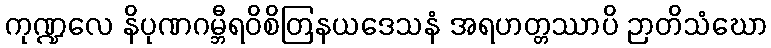
ကုဏ္ဍလေ နိပုဏဂမ္ဘီရဝိစိတြနယဒေသနံ အရဟတ္တဿာပိ ဉာတိသံဃော